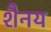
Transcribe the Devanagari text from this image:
शैनय